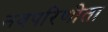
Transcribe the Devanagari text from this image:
नवपरिणीता